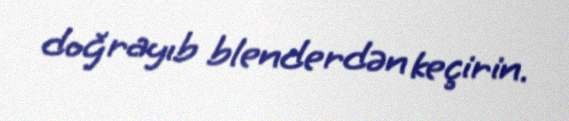
doğrayıb blenderdən keçirin.